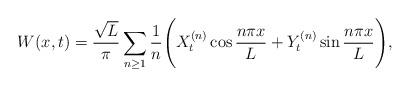
LaTeX: \begin{align*}W(x,t) = {\sqrt{L} \over \pi}\sum_{n\geq 1}{1\over n} \Biggl ( X_t^{(n)} \cos{n\pi x \over L}+ Y_t^{(n)} \sin{n\pi x \over L}\Biggr ), \end{align*}